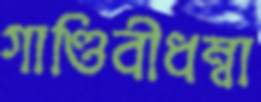
গাণ্ডিবীধম্বা